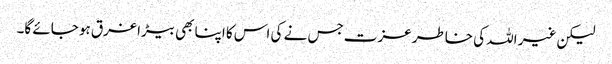
لیکن غیر اللہ کی خاطر عزت جس نے کی اس کا اپنا بھی بیڑا غرق ہو جائے گا۔